Trukikaitis_Postimees, lk 12
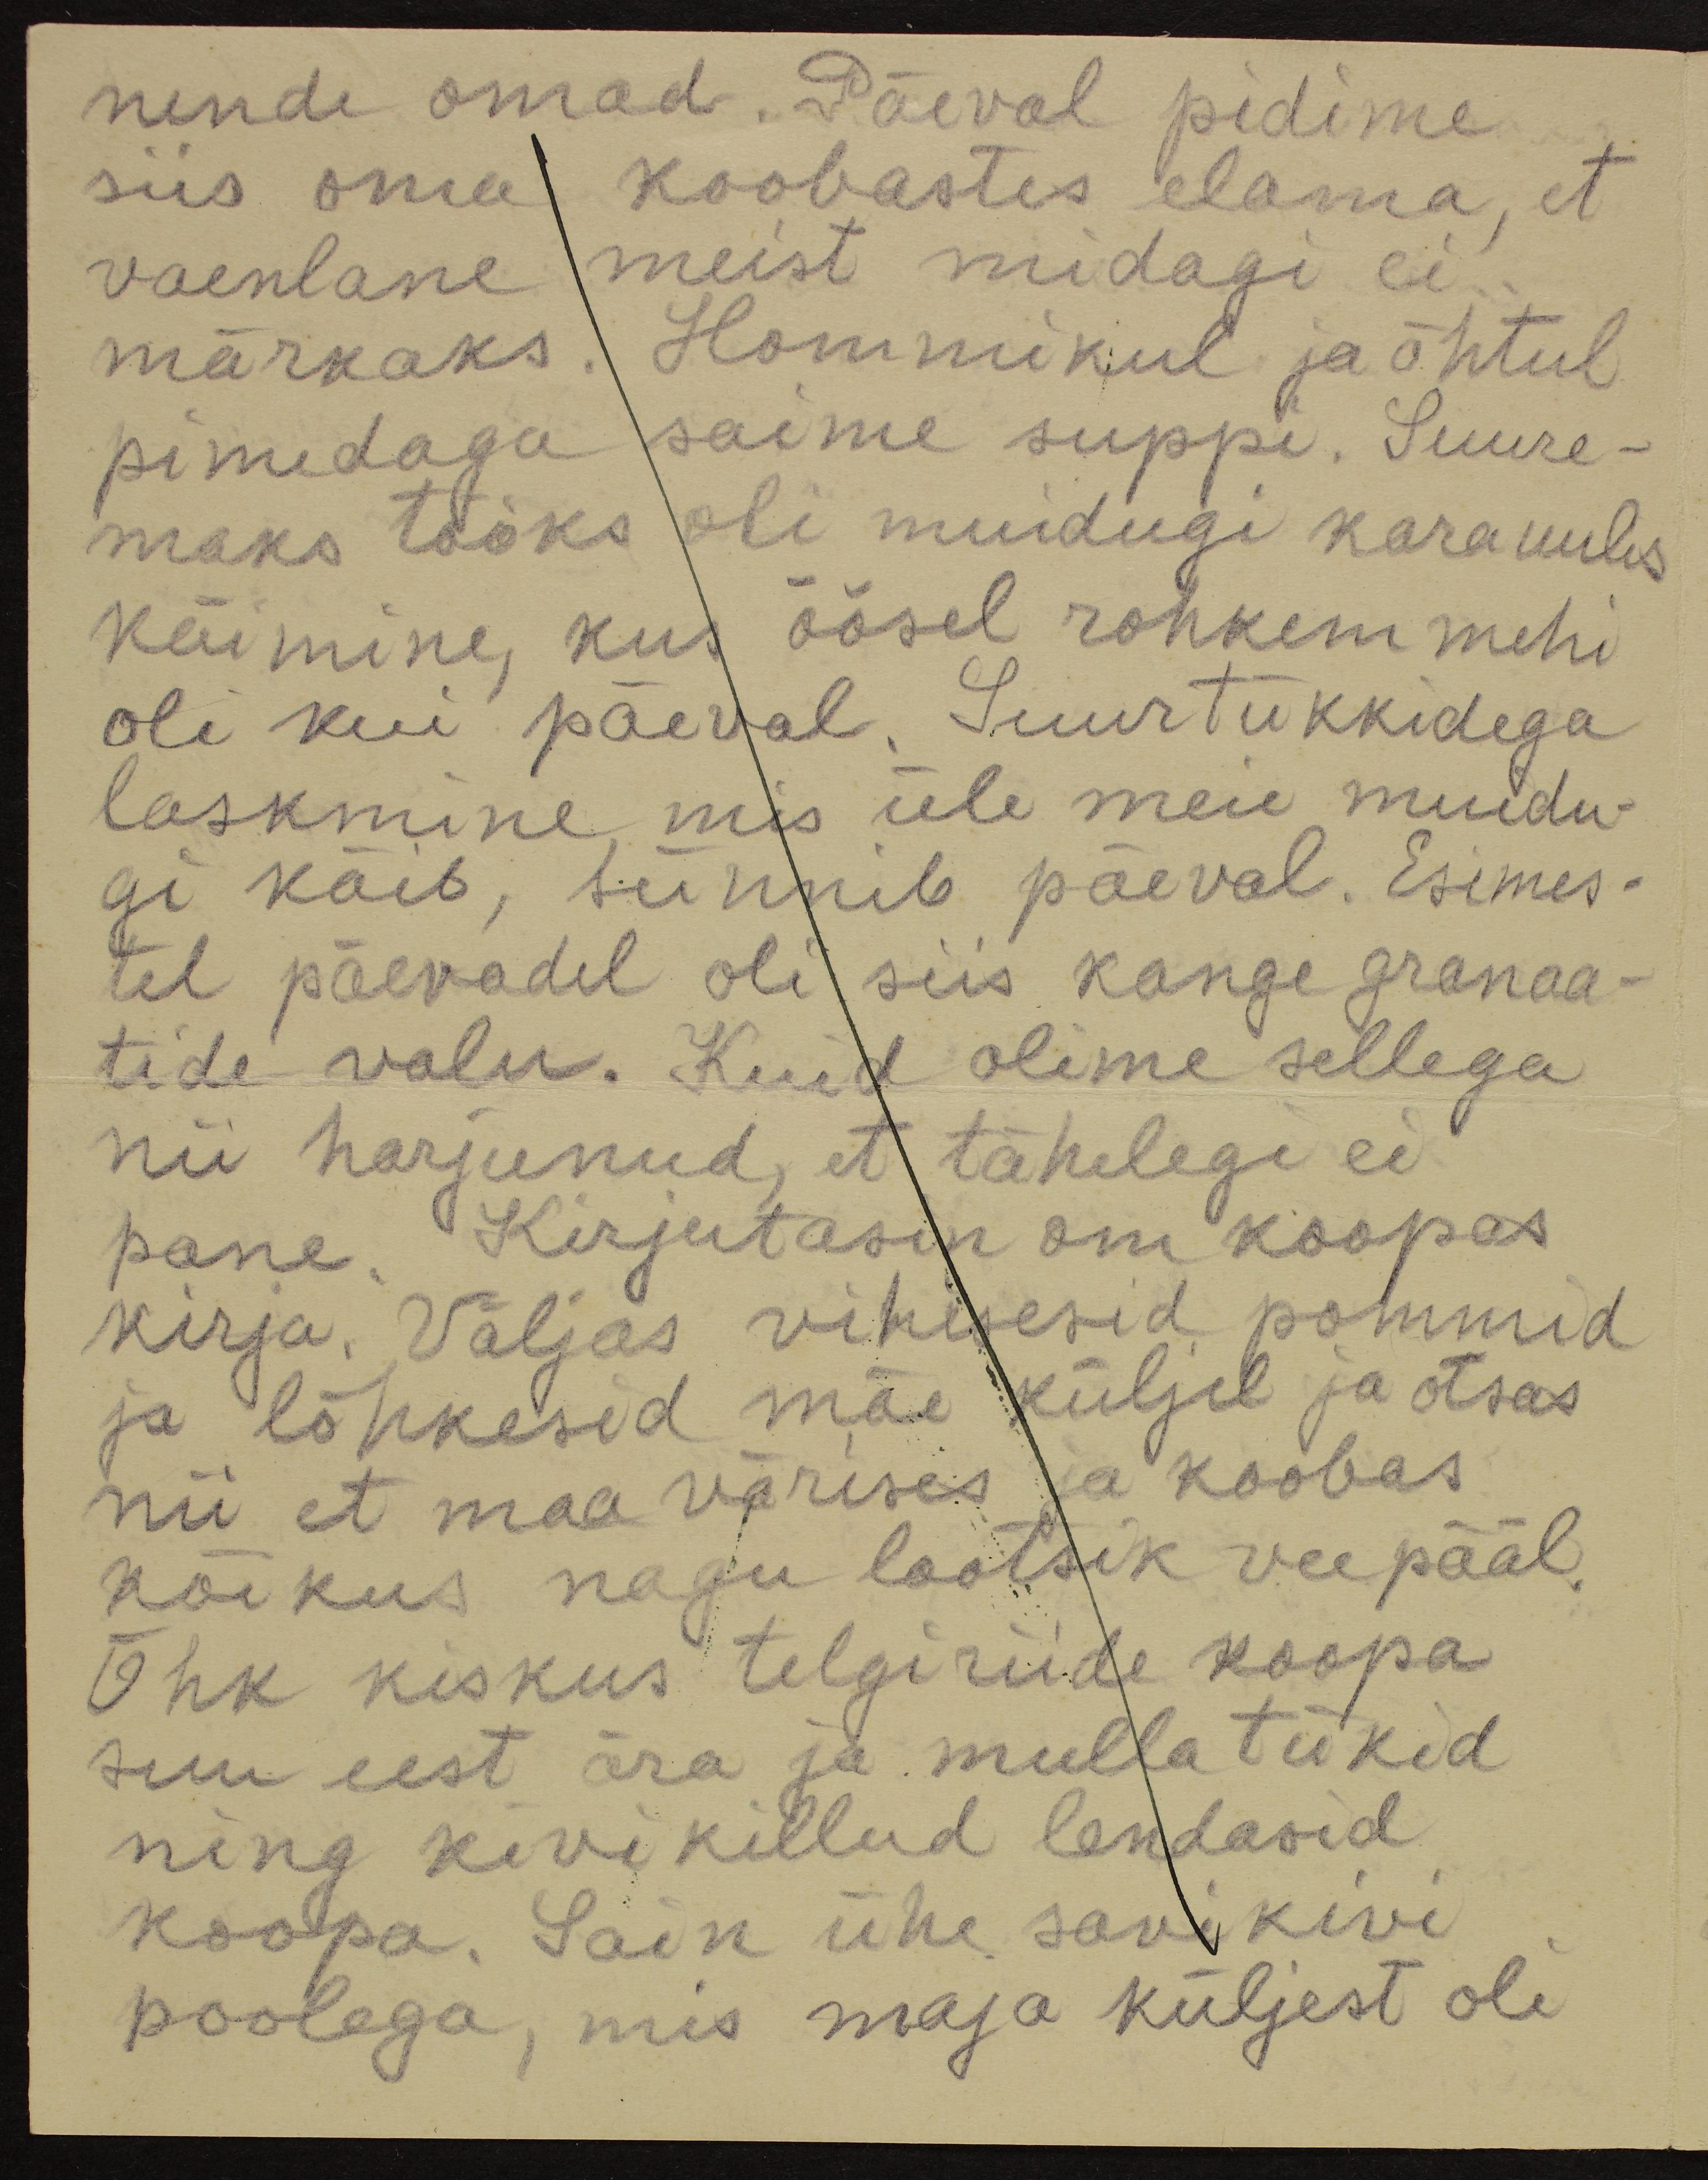
nende omad. Päeval pidime
siis oma koobastes elama, et
vaenlane meist midagi ei
märkaks. Hommikul ja õhtul
pimedaga saime suppi. Suure-
maks tööks oli muidugi karauulis
käimine, kus öösel rohkem mehi
oli kui päeval. Suurtükkidega
laskmine mis üle meie muidu-
gi käib, sünnib päeval. Esimes-
tel päevadel oli siis kange granaa-
tide valu. Kuid olime sellega
nii harjunud, et tähelegi ei
pane. Kirjutasin om koopas
kirja. Väljas vihisesid pommid
ja lõhkesid mäe küljel ja otsas
nii et maa värises ja koobas
kõikus nagu lootsik vee pääl.
Õhk kiskus telgi riide koopa
suu eest ära ja mulla tükid
ning kivikillud lendasid
koopa. Sain ühe savikivi
poolega, mis maja küljest oli